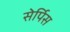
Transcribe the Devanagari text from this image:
सेर्पिस